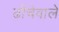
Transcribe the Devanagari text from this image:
ढाँचेवाले